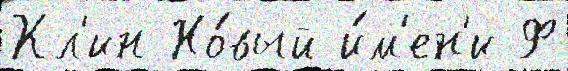
Кл'ин Но́вый и́м'ен'и Ф